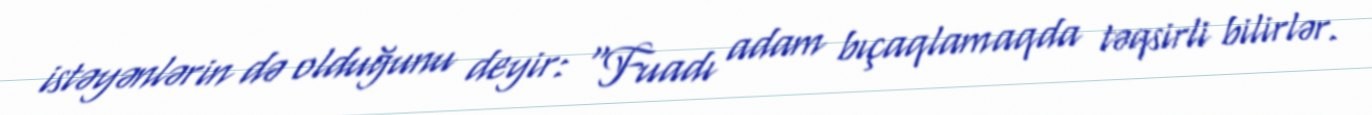
istəyənlərin də olduğunu deyir: “Fuadı adam bıçaqlamaqda təqsirli bilirlər.